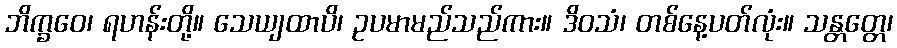
ဘိက္ခဝေ၊ ရဟန်းတို့။ သေယျထာပိ၊ ဥပမာမည်သည်ကား။ ဒိဝသံ၊ တစ်နေ့ပတ်လုံး။ သန္တတ္တေ၊